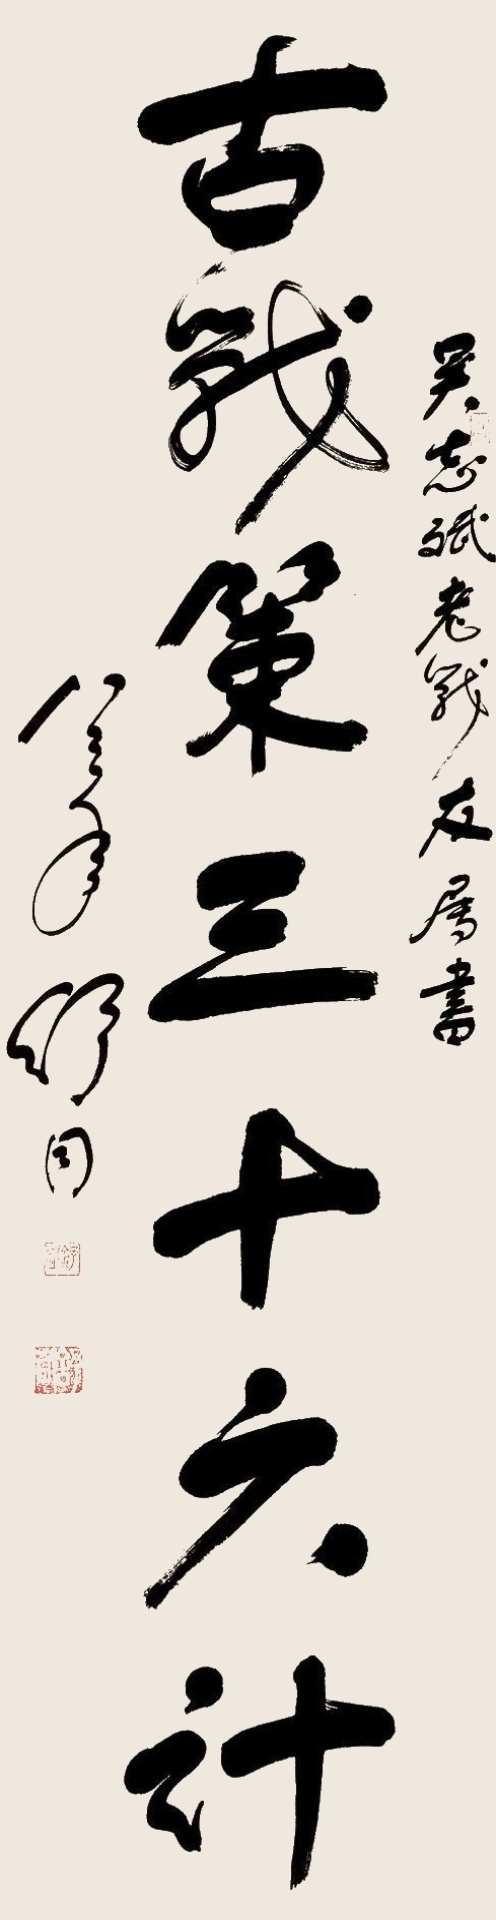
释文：古战策三十六计。吴志斌老战友属书，八三年，舒同。